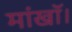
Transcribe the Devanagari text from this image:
मांखॉ।